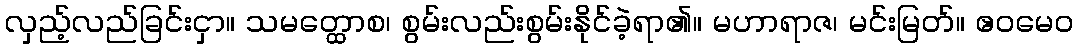
လှည့်လည်ခြင်းငှာ။ သမတ္ထောစ၊ စွမ်းလည်းစွမ်းနိုင်ခဲ့ရာ၏။ မဟာရာဇ၊ မင်းမြတ်။ ဧဝမေဝ